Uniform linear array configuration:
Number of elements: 48
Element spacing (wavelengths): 0.25
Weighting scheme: cosine
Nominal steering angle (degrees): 60
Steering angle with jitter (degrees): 60.538
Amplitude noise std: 0.05
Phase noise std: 0.05

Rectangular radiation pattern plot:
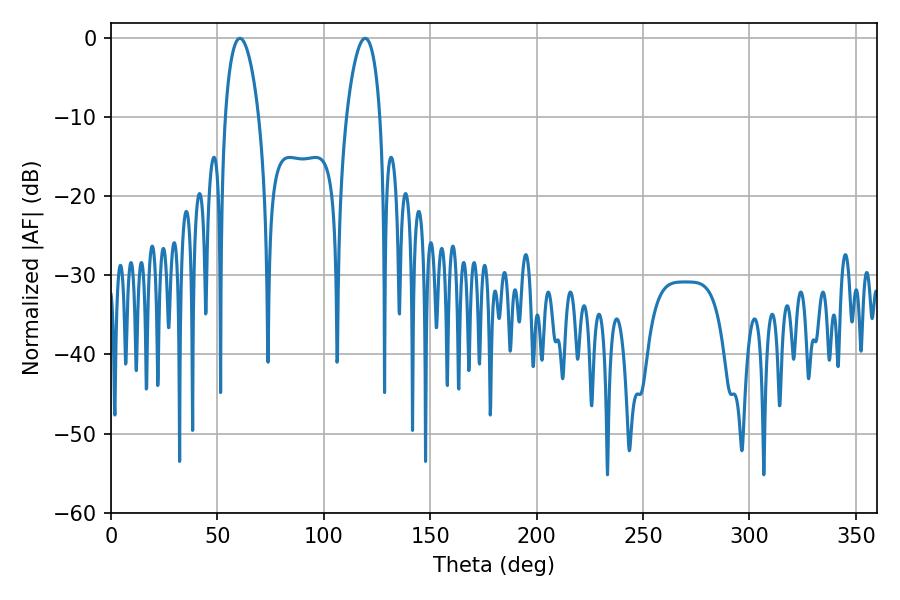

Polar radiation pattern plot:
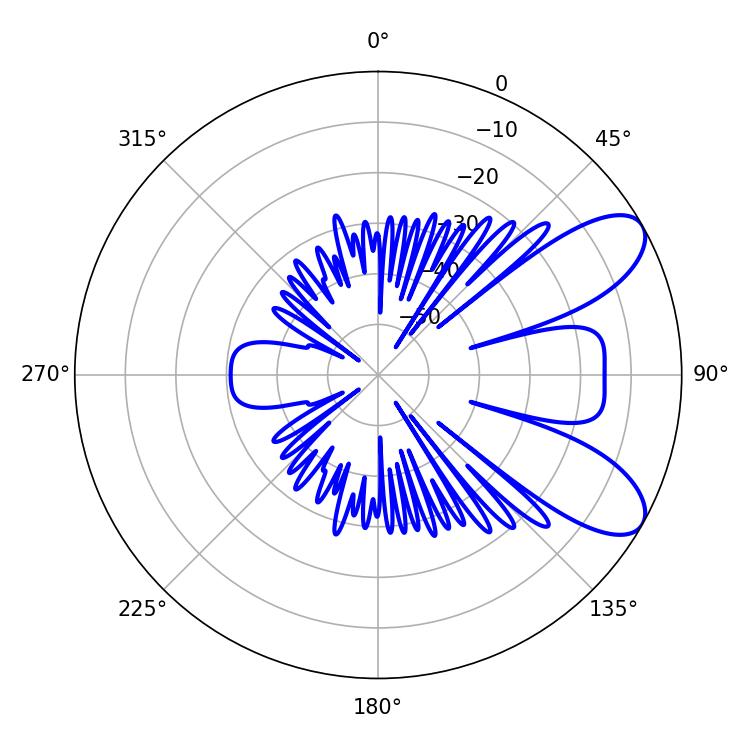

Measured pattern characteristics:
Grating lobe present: FALSE
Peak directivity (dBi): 8.186
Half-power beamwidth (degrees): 9
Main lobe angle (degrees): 60.48